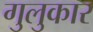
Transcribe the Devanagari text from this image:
गुलुकार